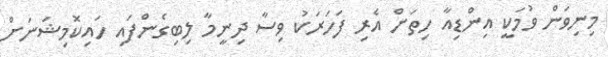
މިނިވަން ވުމަކީ އިންޑިއާ ހިތަށް އެރި ފަހަރަކު ވިސާ ދިނީމާ ލިބިގެންފައި ހައިކޮމިޝަނަށް